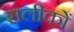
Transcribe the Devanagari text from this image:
सलीकों